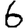
Digit: 6